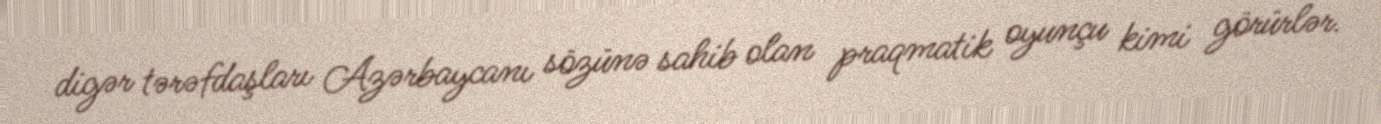
digər tərəfdaşları Azərbaycanı sözünə sahib olan praqmatik oyunçu kimi görürlər.